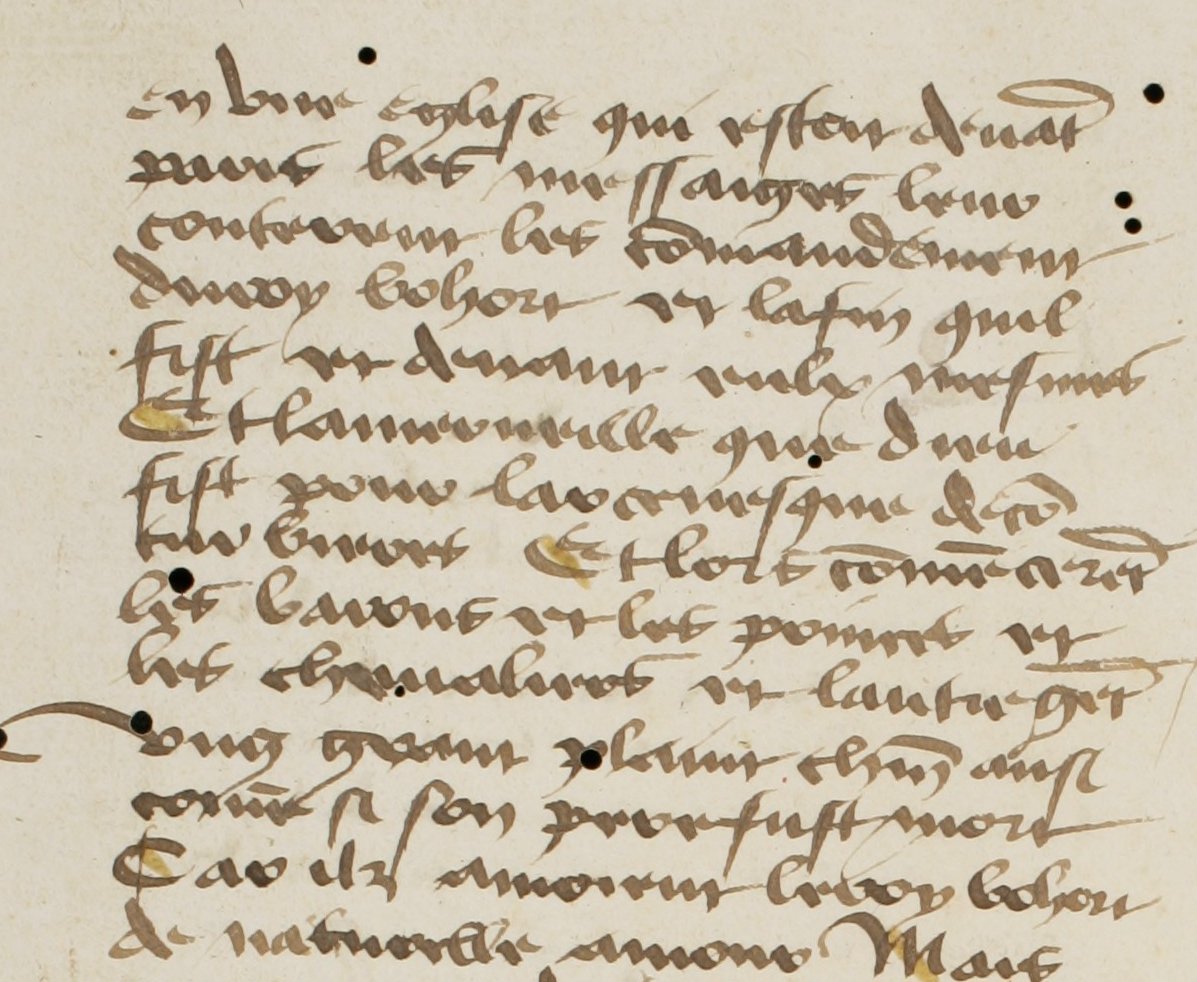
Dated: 1400–1499